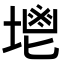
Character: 𡏓